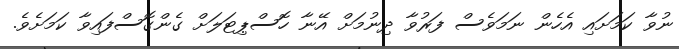
ނުވާ ކަމަށައި އެހެން ނަމަވެސް ފަރުވާ ދިނުމަށް އޭނާ ހޮސްޕިޓަލަށް ގެންގޮސްފައިވާ ކަމަށެވެ.